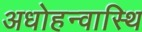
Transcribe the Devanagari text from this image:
अधोहन्वास्थि